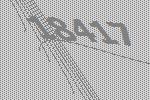
18417